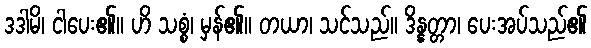
ဒဒါမိ၊ ငါပေး၏။ ဟိ သစ္စံ၊ မှန်၏။ တယာ၊ သင်သည်။ ဒိန္နတ္တာ၊ ပေးအပ်သည်၏